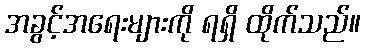
အခွင့်အရေးများကို ရရှိ ထိုက်သည်။